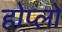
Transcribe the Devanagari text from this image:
होप्लों